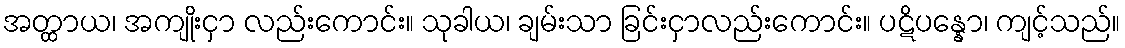
အတ္ထာယ၊ အကျိုးငှာ လည်းကောင်း။ သုခါယ၊ ချမ်းသာ ခြင်းငှာလည်းကောင်း။ ပဋိပန္နော၊ ကျင့်သည်။